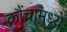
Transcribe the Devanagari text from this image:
क्रौंचामध्ये